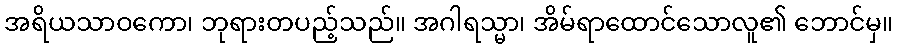
အရိယသာဝကော၊ ဘုရားတပည့်သည်။ အဂါရသ္မာ၊ အိမ်ရာထောင်သောလူ၏ ဘောင်မှ။